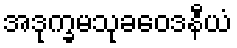
အဒုက္ခမသုခဝေဒနီယံ